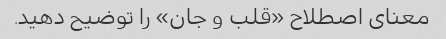
معنای اصطلاح «قلب و جان» را توضیح دهید.